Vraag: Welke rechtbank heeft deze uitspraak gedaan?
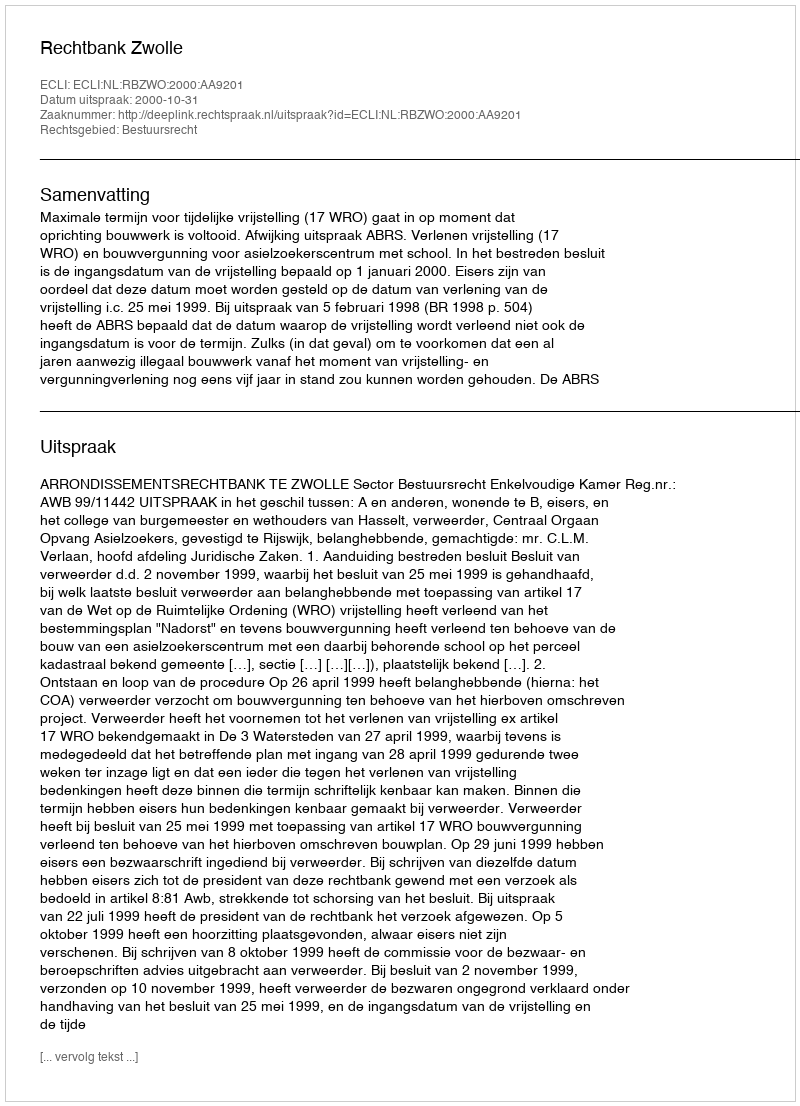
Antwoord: Rechtbank Zwolle